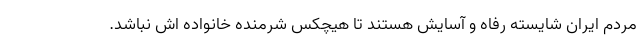
مردم ایران شایسته رفاه و آسایش هستند تا هیچکس شرمنده خانواده اش نباشد.